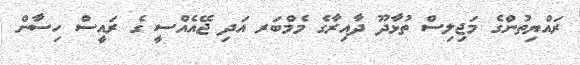
ރައްޔިތުންގެ މަޖިލިސް ތުޅާދޫ ދާއިރާގެ މެމްބަރ އަދި ޖޭއެއްސީ ގެ ރައީސް ހިސާން